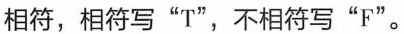
相符,相符写"T",不相符写"F"。